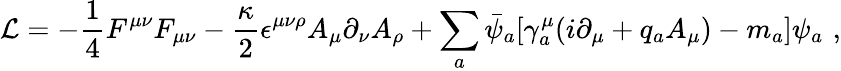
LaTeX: {\cal L}=-\frac{1}{4}F^{\mu\nu}F_{\mu\nu}-\frac{\kappa}{2}\epsilon^{\mu\nu\rho}A_{\mu}\partial_{\nu}A_{\rho}+\sum_{a}\bar{\psi}_{a}[\gamma_{a}^{\mu}(i\partial_{\mu}+q_{a}A_{\mu})-m_{a}]\psi_{a}\, \, ,